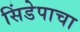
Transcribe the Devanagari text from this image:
सिंडेपाचा